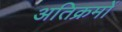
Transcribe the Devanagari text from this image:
अतिक्रमों